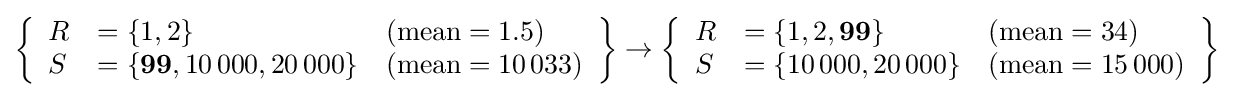
\left\{{\begin{array}{lll}R&=\{1,2\}&({\text{mean}}=1.5)\\S&=\{{\bf {99}},10\,000,20\,000\}&({\text{mean}}=10\,033)\end{array}}\right\}\rightarrow \left\{{\begin{array}{lll}R&=\{1,2,{\bf {99}}\}&({\text{mean}}=34)\\S&=\{10\,000,20\,000\}&({\text{mean}}=15\,000)\end{array}}\right\}